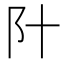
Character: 䦹